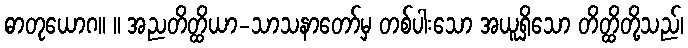
ဓာတုယောဂ။ ။ အညတိတ္ထိယာ-သာသနာတော်မှ တစ်ပါးသော အယူရှိသော တိတ္ထိတို့သည်၊